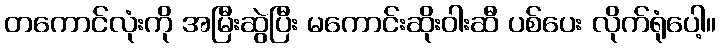
တကောင်လုံးကို အမြီးဆွဲပြီး မကောင်းဆိုးဝါးဆီ ပစ်ပေး လိုက်ရုံပေါ့။